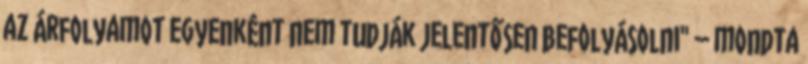
az árfolyamot egyenként nem tudják jelentősen befolyásolni" – mondta